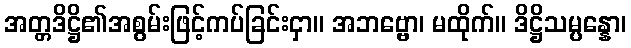
အတ္တဒိဋ္ဌိ၏အစွမ်းဖြင့်ကပ်ခြင်းငှာ။ အဘဗ္ဗော၊ မထိုက်။ ဒိဋ္ဌိသမ္ပန္နော၊